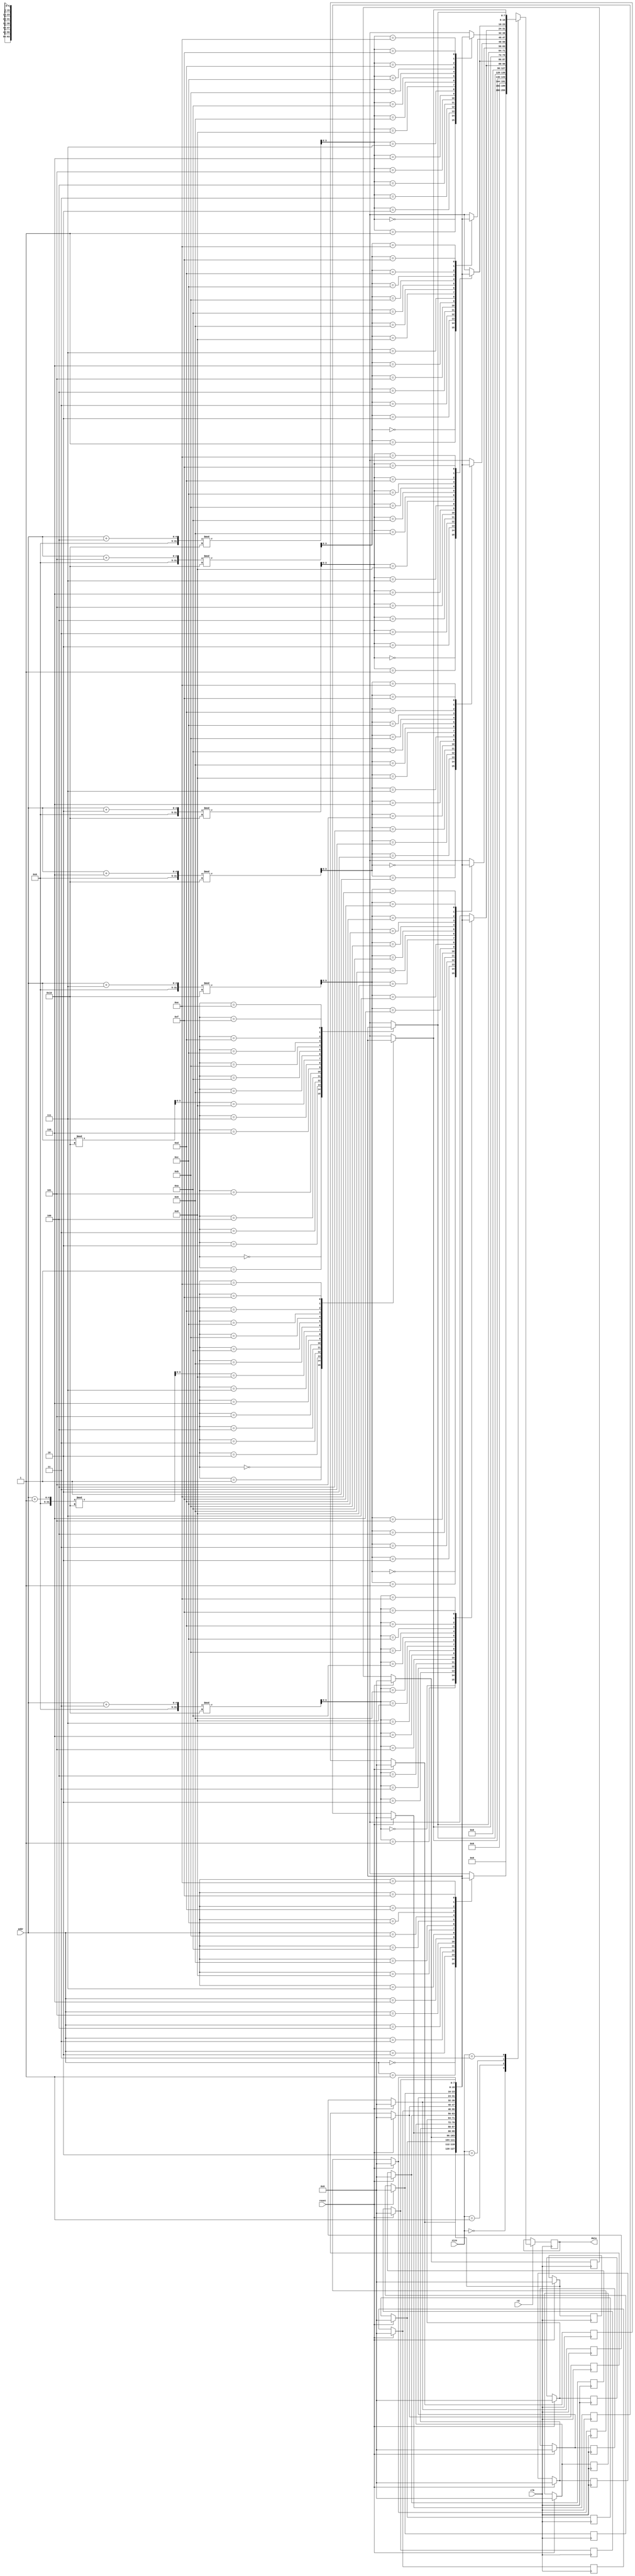
module Mem(
	input [3:0] addr,
	input [1:0] size,
	input rd, clk, reset,
	output reg [63:0] data
);
reg [7:0] mem [15:0];
integer i;


initial
begin
	for (i = 0; i < 16; i = i + 1)
	begin
		mem[i] = i;
	end
end


always @ (posedge clk)
begin
	if (reset == 1)
	begin
		for (i = 0; i < 16; i = i + 1)
		begin
			mem[i] = 0;
		end
		
	end
	if (rd == 1)
	begin
		case (size)
		2'b00:
			data = mem[addr]; // no need to apply module since max addr value would be 15
		2'b01:
			data = {mem[(addr + 1) % 16], mem[addr % 16]};
		2'b10:
			data = {mem[(addr + 3) % 16], mem[(addr + 2) % 16], mem[(addr + 1) % 16], mem[addr % 16]};
		2'b11:
			data = {mem[(addr + 7) % 16], mem[(addr + 6) % 16], mem[(addr + 5) % 16], mem[(addr + 4) % 16], mem[(addr + 3) % 16], mem[(addr + 2) % 16], mem[(addr + 1) % 16], mem[addr % 16]};
		endcase
	end
end

endmodule